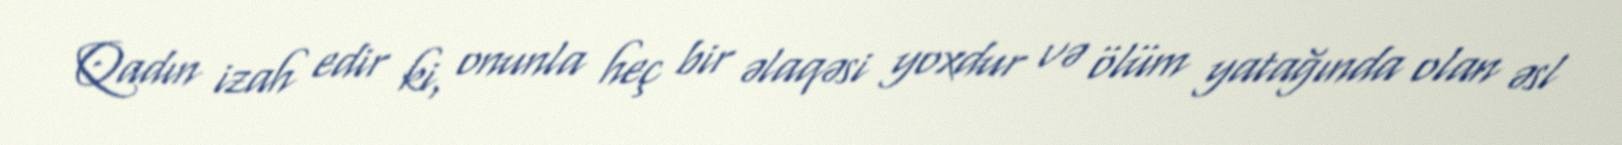
Qadın izah edir ki, onunla heç bir əlaqəsi yoxdur və ölüm yatağında olan əsl